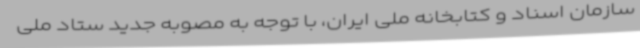
سازمان اسناد و کتابخانه ملی ایران، با توجه به مصوبه جدید ستاد ملی